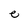
Character: e